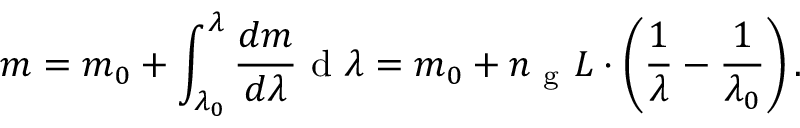
m = m _ { 0 } + \int _ { \lambda _ { 0 } } ^ { \lambda } \frac { d m } { d \lambda } \mathrm { ~ d ~ } \lambda = m _ { 0 } + n _ { \mathrm { ~ g ~ } } L \cdot \left( \frac { 1 } { \lambda } - \frac { 1 } { \lambda _ { 0 } } \right) .